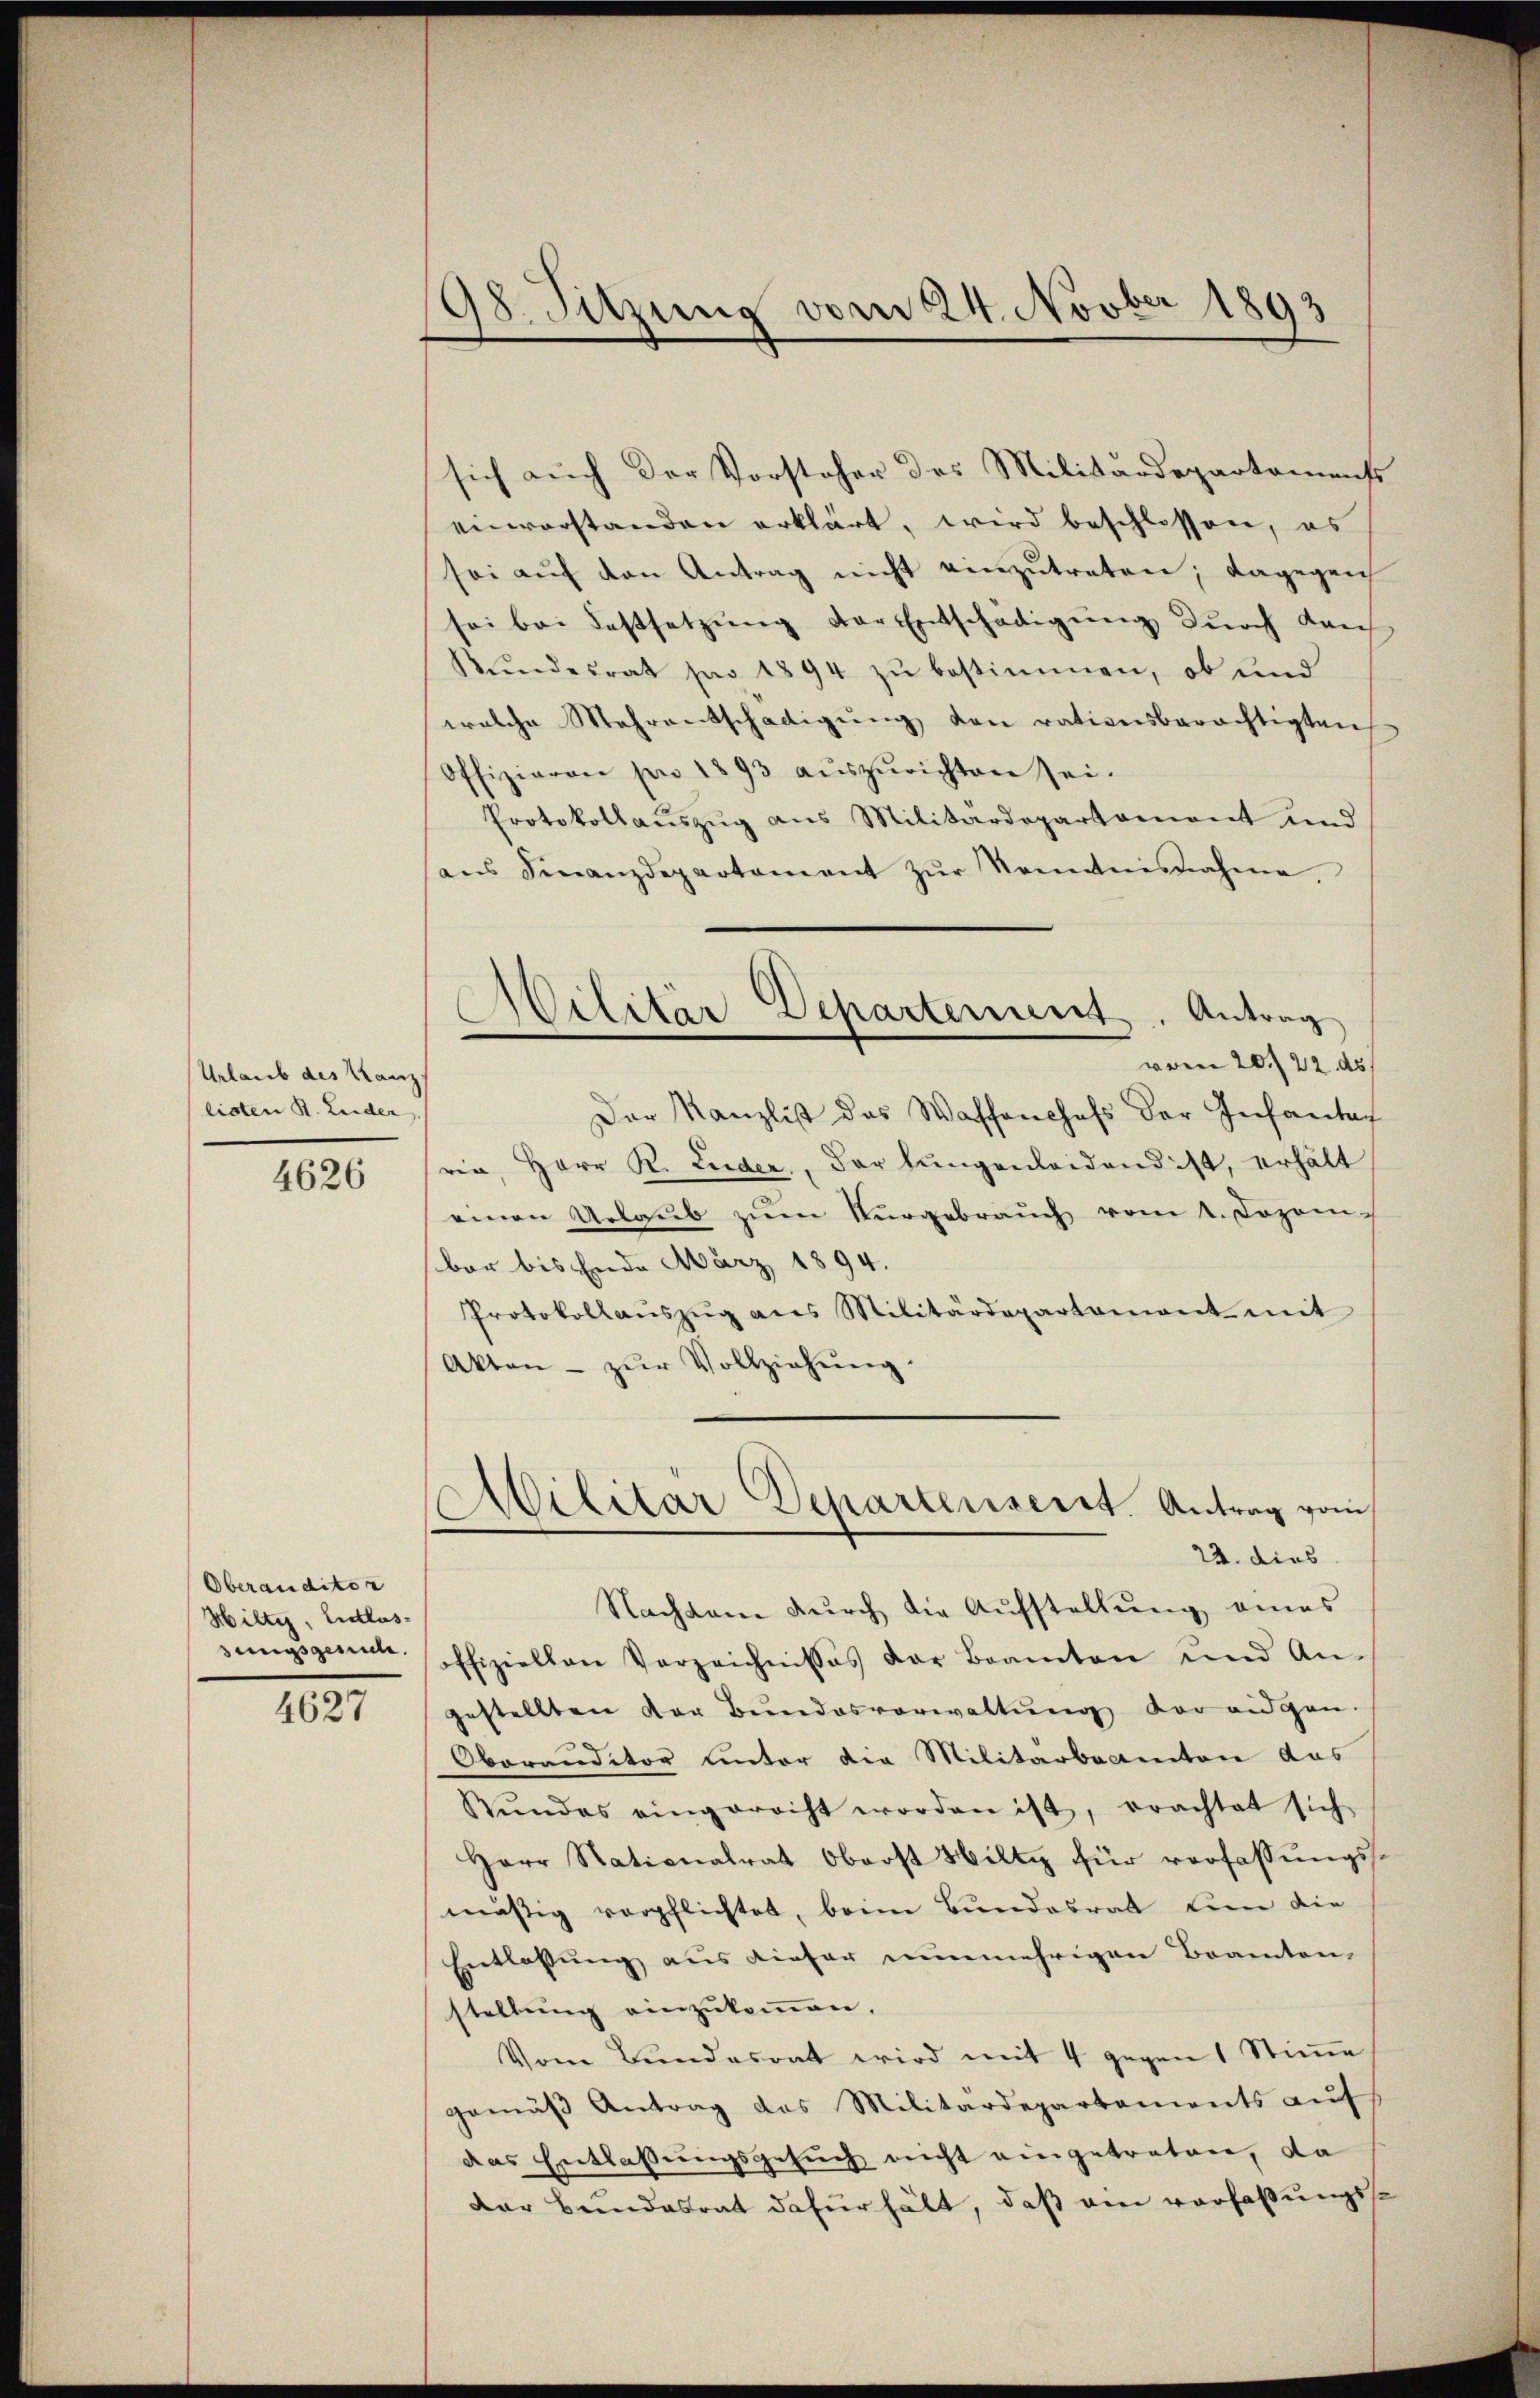
Urlaub des Kanz
listen R. Leider.

4626

Oberanditor
Hilty, Entlassungsgesuch.

4627

98. Sitzung vom 24. Novber 1893

sich auch der Vorsteher des Militärdepartamense
einverstanden erklärt, wird beschlossen, es
sei aŭf den Antrag nicht einzŭtreten; dagegen
sei bei Festsetzŭng der Entschädigung durch dan
Bŭndesrat pro 1894 zŭ bestimmen, ob und
welche Mehrentschädigŭng den rationsberächtigten
Offiziaren per 1893 aŭszŭrichten sei.
Protokollauszug aus Militärdepartemont und
ans Finanzdepartament zŭr Kenntnisnahme,
Der Kanzlist das Waffenchefs der Infantaf
rin, Herr K. Luder, der Lungenleidend ist, erhält
einen Urlaŭb zŭm Vergebraŭch vom 1. Jozom-
bar bis Ende März 1894.
Protokollaŭszŭg ans Militärdepartament mit
Akten zŭr Vollziehŭng.
Militar Departenseret. Antrag vom
22. dies
Nachdem dŭrch die Aŭfstellŭng eines
offiziellen Verzeichnisses der Beamten und An-
gestellten der Bŭndesverwaltŭng der eidgen.
Oberanditor unter die Militarbeamten das
Rŭndes eingerecht worden ist, erachtet sich
Herr Nationalrat Oberst Hilty für verfassungsmäßig verpflichtet, beim Bundesrat um die
Entlassung aus dieser nunmehrigen Beamten,
stellung einzukommen.
Vom Bundesrat wird mit 4 gegen 1 Stimme
gemäβ Antrag des Militärdepartements aŭf
das Entlassungsgesuch nicht eingetreten, da
Der Bundesrat dafür hält, daß ein verfaßungss¬

Militär Departement. Antrag
vom 20./22. ds